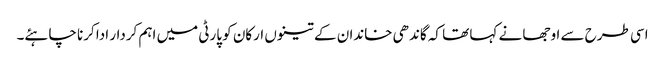
اسی طرح سے اوجھا نے کہا تھا کہ گاندھی خاندان کے تینوں ارکان کو پارٹی میں اہم کردار ادا کرنا چاہئے۔